Annual report of the Punjab Veterinary College and of the Civil Veterinary Department, Punjab - 1894-1908
Year: 1894
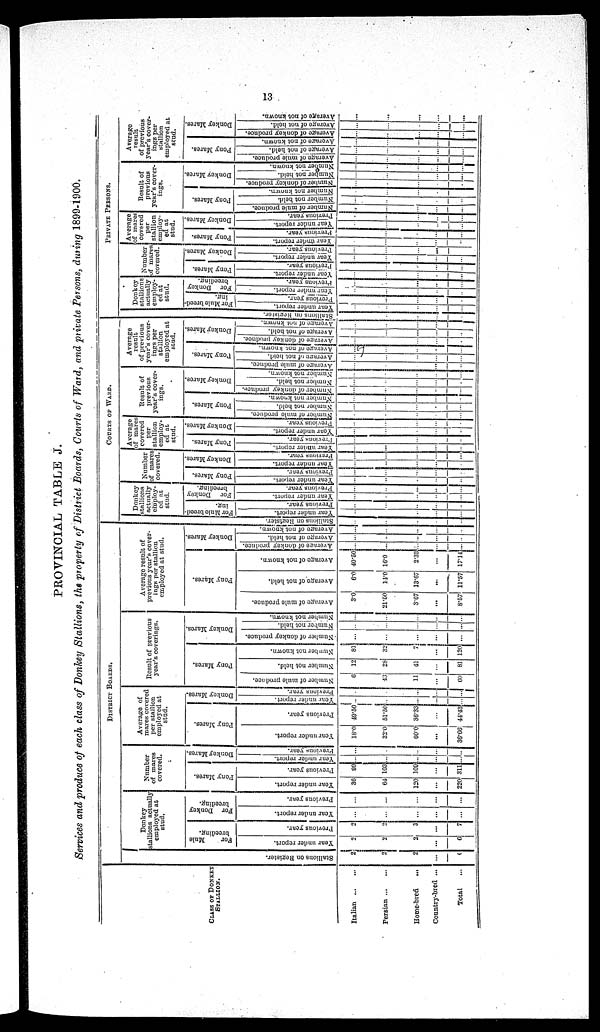
13
PROVINCIAL TABLE J.
Services and produce of each class of Donkey Stallions, the property of District Boards, Courts of Ward, and private Persons, during 1899-1900.
CLASS OF DONKEY
STALLION.
Italian
...
...
Persian ... ...
Home-bred
...
Country-bred ...
Total ...
DISTRICT BOARDS.
St al l
i
ons on Regi s t
er .
2
2
2
...
...
Donkey
stallions actually
employed at
stud.
For
Mule
breeding.
Year under report.
2
...
2
...
6
Previous year.
2
...
5
...
7
For Donkey
breeding.
Year tinder report.
...
...
...
...
...
Previous year.
...
...
...
...
...
Number
of mares
covered.
Pony Mares.
Year under report.
36
64
120
...
220
Previous year.
99
103
109
...
311
Donkey Mares.
Year under report.
...
...
...
...
...
Previous
year.
...
...
...
...
...
Average of
mares covered
per stallion
employed at
stud.
Pony Mares.
Year under report.
18.0
32.0
60.0
...
36.66
Previous year.
49.50
51.50
36.33
...
44.43
Donkey Mares.
Year under report.
...
...
...
...
...
Previous year.
...
...
...
...
...
Result of previous
year's coverings.
Pony Mares.
Number of mule produce.
6
...
11
...
60
Number not held.
12
28
41
...
81
Number not known.
81
32
7
...
120
Donkey Mares.
Number
of donkey produce.
...
...
...
...
...
Number not held.
...
...
...
...
...
Number not known.
...
...
...
...
...
Average result of
previous year's cover-
ings per stallion
employed at stud.
Pony Mares.
Average of mule produce.
3.0
21.59
3.67
...
8.57
Average of not held.
6.0
14.0
13.67
...
11.57
Average of not known.
40.50
16.0
2.33
...
17.11
Donkey Mares.
Average of donkey produce.
...
...
...
...
...
Average of not held.
...
...
...
...
...
Ave r
a ge of not known.
...
...
...
...
...
COURTS OF
WARD.
Donkey
stallions
actually
employ-
ed at
stud.
For Mul e br eed¬
ing.
...
...
...
...
...
Year under report.
...
...
...
...
...
Previous year.
...
...
...
...
...
For Donkey
breeding.
Year under report.
...
...
...
...
...
Previous year.
...
...
...
...
...
Number
of mares
covered.
Pony Mar es .
Year under r
epor t
.
...
...
...
...
...
Pr e vi ous year .
...
...
...
...
...
Donkey Mares.
Year under report.
...
...
...
...
...
Previous year.
...
...
...
...
...
Average
of mares
covered
per
stallion
employ-
ed at
stud.
Pony Mar es .
Year u n d e r r epor t
.
...
...
...
...
...
Pr e vi ous year .
...
...
...
...
...
Donkey Mares.
Year
under report.
...
...
...
...
...
Previous year.
...
...
...
...
...
Result of
previous
year's cover-
ings.
Pony Mar es .
Nu mb e r of m a l e pr oduc e .
...
...
...
...
...
Nu mb e r not held.
...
...
...
...
...
Number
not known.
...
...
...
...
...
Donkey Mares.
Number of donkey produce.
...
...
...
...
...
Number not held.
...
...
...
...
...
Nu mb e r not known.
...
...
...
...
...
Average
result
of previous
year's cover-
ings per
stallion
employed at
stud.
Pony Mar es .
Average of mule produce.
...
...
...
...
...
Average
of not held.
...
...
...
...
...
Average of not known.
...
...
...
...
...
Donke y Mar es .
Ave r
a ge of donke y produce.
...
...
...
...
...
Average of not hel d.
...
...
...
...
...
Ave r
a ge of not known.
...
...
...
...
...
PRIVATE PERSONS.
Donkey
stallions
actually
employ-
ed at
stud.
For Mul e br eed.
Stallions on Register.
...
...
...
...
...
Year u n d e r r epor t .
... ...
...
...
...
Pr e vi ous year .
...
...
...
...
...
For Donkey
breeding.
Year under report.
..
...
...
...
...
Previous year.
..
...
...
...
...
Number
of mares
covered.
Pony Mar es .
Year under report.
...
...
...
...
...
Pr e vi ous year .
...
...
...
...
...
Donkey Mares.
Year under report.
...
...
...
...
...
Previous year.
...
...
...
...
....
Average
of mares
covered
per
stallion
employ-
ed at
stud.
Pony Mares.
Year under report.
...
...
...
...
...
Previous year.
...
...
...
...
...
Year under report.
...
...
...
...
...
Previous year.
...
...
...
...
...
Result of
previous
year's cover-
ings.
Pony Mares.
Number of mule produce.
...
...
...
...
...
Number not held.
...
...
...
...
...
Number not known.
...
...
...
...
...
Donkey Mares.
Number of donkey produce.
...
...
...
...
...
Number not held.
...
...
...
...
...
Number not known.
...
...
...
...
...
Average
result
of previous
year's cover-
ings per
stallion
employed at
stud.
Pony Mares.
Average of mule produce.
...
...
...
...
...
Average
of not held.
...
...
...
...
...
Average of not known.
...
...
...
...
...
Donkey Mares.
Average of donkey produce.
...
...
...
...
...
Average of not held.
...
...
...
...
...
Average of not known.
...
...
...
...
...